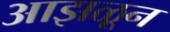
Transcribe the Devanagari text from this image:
आझळून